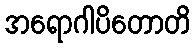
အရောဂါပိတောတိ